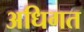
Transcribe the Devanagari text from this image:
अधिगत